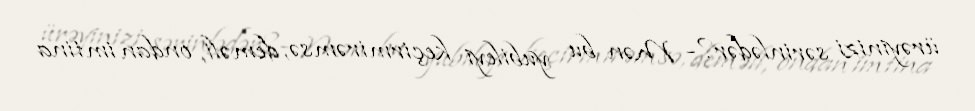
ürəyinizi sərinlədər?- Mən bu yubileyi keçirmirəmsə, deməli, ondan imtina